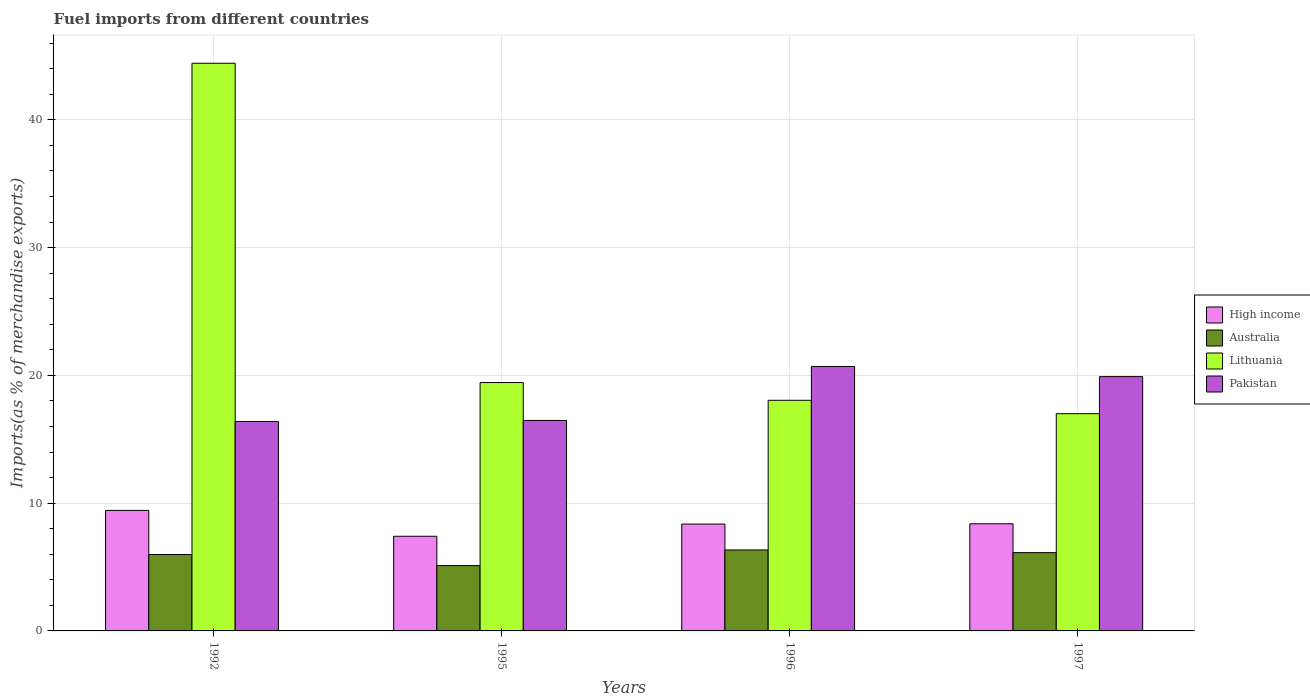
| Years | High income | Australia | Lithuania | Pakistan |
 | --- | --- | --- | --- | --- |
 | 1992 | 9.43 | 5.98 | 44.4 | 16.4 |
 | 1995 | 7.41 | 5.11 | 19.4 | 16.5 |
 | 1996 | 8.36 | 6.34 | 18.1 | 20.7 |
 | 1997 | 8.39 | 6.13 | 17 | 19.9 |